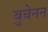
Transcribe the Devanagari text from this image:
बुचेनन